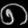
Digit: ၈